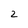
Character: 2